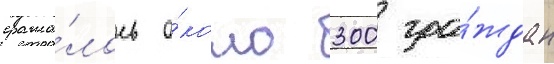
сража́лось о́коло 300 гра́ждан